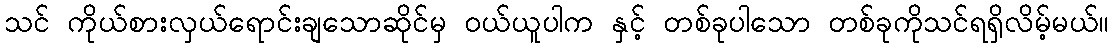
သင် ကိုယ်စားလှယ်ရောင်းချသောဆိုင်မှ ဝယ်ယူပါက နှင့် တစ်ခုပါသော တစ်ခုကိုသင်ရရှိလိမ့်မယ်။